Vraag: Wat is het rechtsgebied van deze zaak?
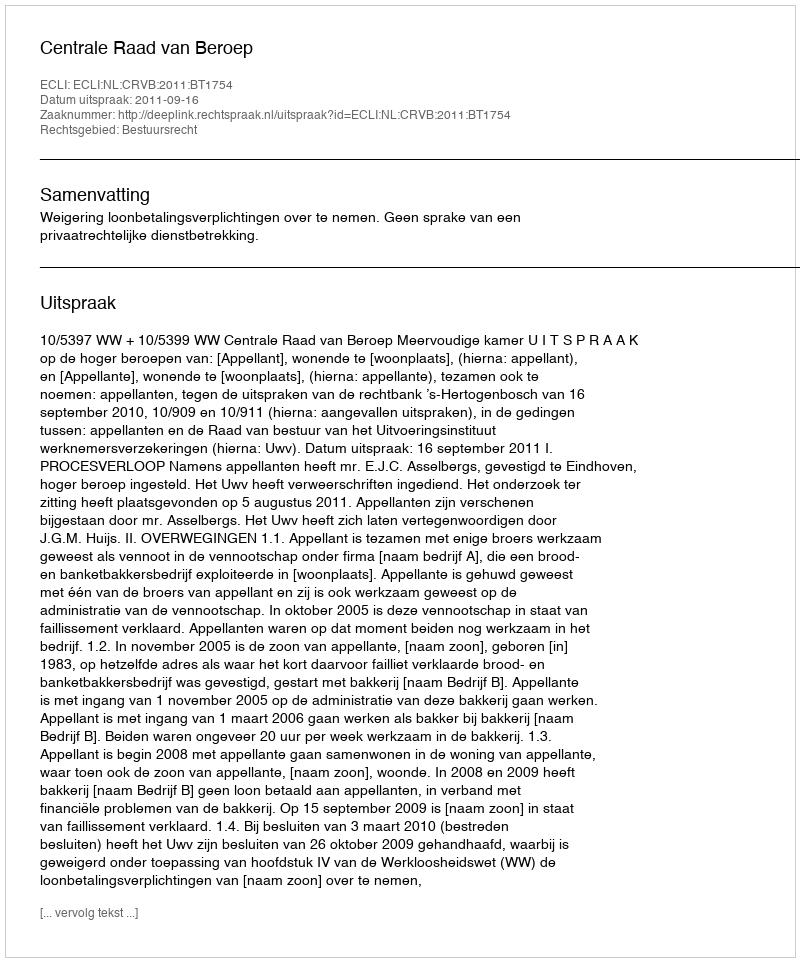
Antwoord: Bestuursrecht